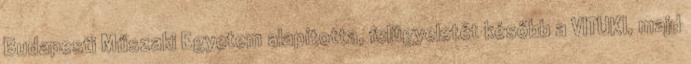
Budapesti Műszaki Egyetem alapította, felügyeletét később a VITUKI, majd